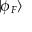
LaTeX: | \phi _ { F } \rangle